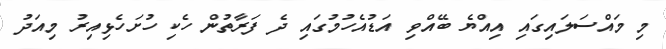
މި މައްސަލައިގައި އިއްޔެ ބޭއްވި އަޑުއެހުމުގައި ދެ ފަރާތުން ހެކި ހުށަހެޅިއިރު މިއަދު